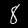
Label: 8